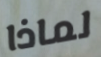
لماذا